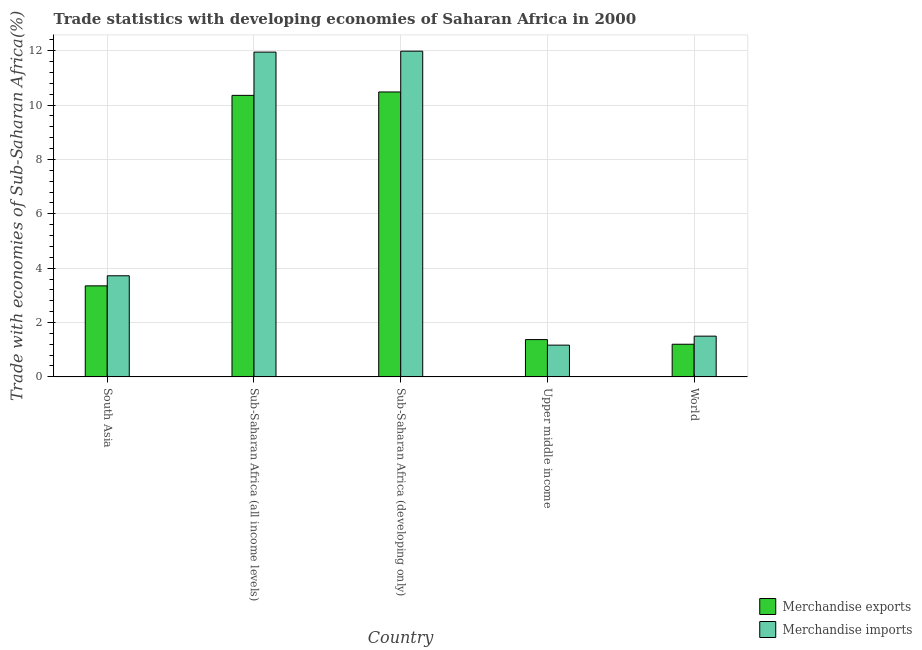
| Country | Merchandise exports | Merchandise imports |
 | --- | --- | --- |
 | South Asia | 3.35 | 3.72 |
 | Sub-Saharan Africa (all income levels) | 10.4 | 11.9 |
 | Sub-Saharan Africa (developing only) | 10.5 | 12 |
 | Upper middle income | 1.37 | 1.17 |
 | World | 1.2 | 1.5 |